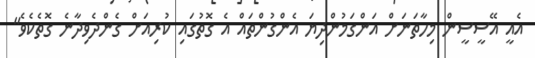
އެއީ އޭސީސީން މިހާތަނަށް އަންގަމުންދިޔަ އެންގުންތައް އެ ގޮތުގައި ކުރިއަށް ގެންދެވިދާނެ ގޮތެކެވެ"